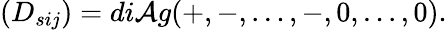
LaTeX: (D_{sij})=di\mathcal{A}g(+,-,\dots,-,0,\dots,0).